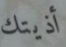
أذيتك